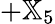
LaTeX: +{\mathbb X}_{5}